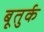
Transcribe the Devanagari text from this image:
बूतुर्क